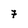
Character: 7